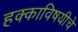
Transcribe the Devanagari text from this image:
हक्काविषयीचे